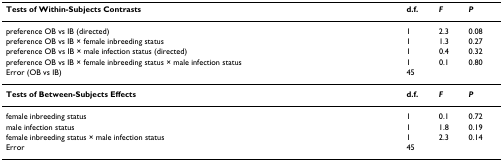
<table><thead><tr><td><b>Tests of Within-Subjects Contrasts</b></td><td><b>d.f.</b></td><td><b><i>F</i></b></td><td><b><i>P</i></b></td></tr></thead><tbody><tr><td>preference OB vs IB (directed)</td><td>1</td><td>2.3</td><td>0.08</td></tr><tr><td>preference OB vs IB × female inbreeding status</td><td>1</td><td>1.3</td><td>0.27</td></tr><tr><td>preference OB vs IB × male infection status (directed)</td><td>1</td><td>0.4</td><td>0.32</td></tr><tr><td>preference OB vs IB × female inbreeding status × male infection status</td><td>1</td><td>0.1</td><td>0.80</td></tr><tr><td>Error (OB vs IB)</td><td>45</td><td></td><td></td></tr><tr><td><b>Tests of Between-Subjects Effects</b></td><td><b>d.f.</b></td><td><b><i>F</i></b></td><td><b><i>P</i></b></td></tr><tr><td>female inbreeding status</td><td>1</td><td>0.1</td><td>0.72</td></tr><tr><td>male infection status</td><td>1</td><td>1.8</td><td>0.19</td></tr><tr><td>female inbreeding status × male infection status</td><td>1</td><td>2.3</td><td>0.14</td></tr><tr><td>Error</td><td>45</td><td></td><td></td></tr></tbody></table>